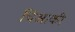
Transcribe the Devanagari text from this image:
चिआकी